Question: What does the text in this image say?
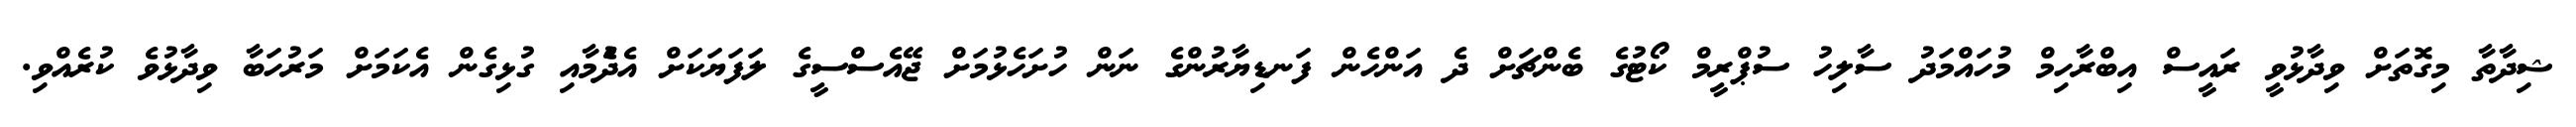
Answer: ޝިދާތާ މިގޮތަށް ވިދާޅުވީ ރައީސް އިބްރާހިމް މުހައްމަދު ސާލިހު ސުޕްރީމް ކޯޓުގެ ބެންޗަށް ދެ އަންހެން ފަނޑިޔާރުންގެ ނަން ހުށަހެޅުމަށް ޖޭއެސްސީގެ ލަފަޔަކަށް އެދެުމާއި ގުޅިގެން އެކަމަށް މަރުހަބާ ވިދާޅުވެ ކުރެއްވި.